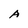
Character: A